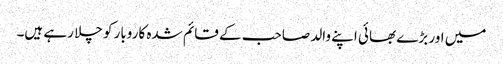
میں اور بڑے بھائی اپنے والد صاحب کے قائم شدہ کاروبار کو چلا رہے ہیں۔